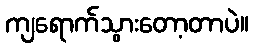
ကျရောက်သွားတော့တာပဲ။